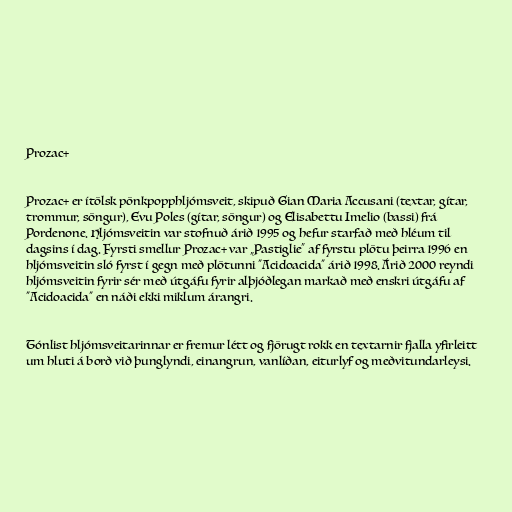
Prozac+

Prozac+ er ítölsk pönkpopphljómsveit, skipuð Gian Maria Accusani (textar, gítar,
trommur, söngur), Evu Poles (gítar, söngur) og Elisabettu Imelio (bassi) frá
Pordenone. Hljómsveitin var stofnuð árið 1995 og hefur starfað með hléum til
dagsins í dag. Fyrsti smellur Prozac+ var „Pastiglie“ af fyrstu plötu þeirra 1996 en
hljómsveitin sló fyrst í gegn með plötunni "Acidoacida" árið 1998. Árið 2000 reyndi
hljómsveitin fyrir sér með útgáfu fyrir alþjóðlegan markað með enskri útgáfu af
"Acidoacida" en náði ekki miklum árangri.

Tónlist hljómsveitarinnar er fremur létt og fjörugt rokk en textarnir fjalla yfirleitt
um hluti á borð við þunglyndi, einangrun, vanlíðan, eiturlyf og meðvitundarleysi.